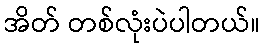
အိတ် တစ်လုံးပဲပါတယ်။